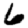
Digit: 6